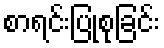
စာရင်းပြုစုခြင်း